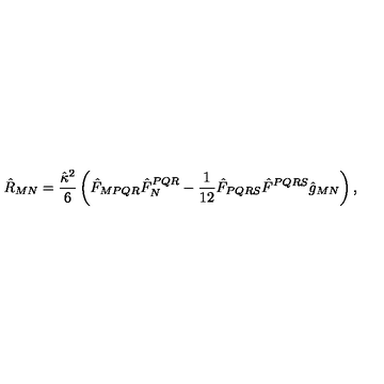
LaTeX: { \hat { R } _ { M N } = \frac { \hat { \kappa } ^ { 2 } } { 6 } \left( \hat { F } _ { M P Q R } \hat { F } _ { N } ^ { P Q R } - \frac { 1 } { 1 2 } \hat { F } _ { P Q R S } \hat { F } ^ { P Q R S } \hat { g } _ { M N } \right) , }